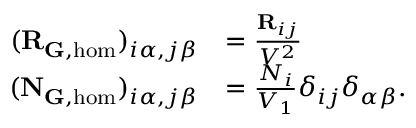
\begin{array} { r l } { ( \mathbf { R } _ { { \mathbf G } , \mathrm { h o m } } ) _ { i \alpha , j \beta } } & { = \frac { \mathbf { R } _ { i j } } { V ^ { 2 } } } \\ { ( \mathbf { N } _ { \mathbf { G } , \mathrm { h o m } } ) _ { i \alpha , j \beta } } & { = \frac { N _ { i } } { V _ { 1 } } \delta _ { i j } \delta _ { \alpha \beta } . } \end{array}